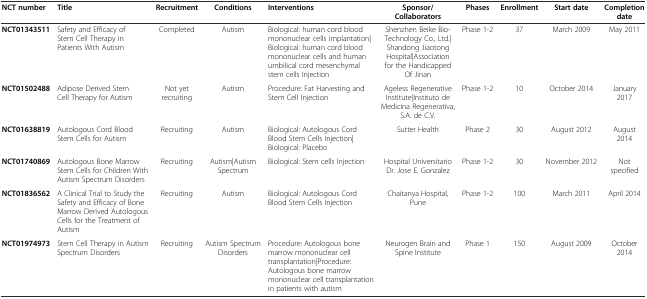
| NCT number | Title | Recruitment | Conditions | Interventions | Sponsor/Collaborators | Phases | Enrollment | Start date | Completion date |
 | --- | --- | --- | --- | --- | --- | --- | --- | --- | --- |
 | NCT01343511 | Safety and Efficacy of Stem Cell Therapy in Patients With Autism | Completed | Autism | Biological: human cord blood mononuclear cells implantation|Biological: human cord blood mononuclear cells and human umbilical cord mesenchymal stem cells Injection | Shenzhen Beike Bio-Technology Co., Ltd.|Shandong Jiaotong Hospital|Association for the Handicapped Of Jinan | Phase 1-2 | 37 | March 2009 | May 2011 |
 | NCT01502488 | Adipose Derived Stem Cell Therapy for Autism | Not yet recruiting | Autism | Procedure: Fat Harvesting and Stem Cell Injection | Ageless Regenerative Institute|Instituto de Medicina Regenerativa, S.A. de C.V. | Phase 1-2 | 10 | October 2014 | January 2017 |
 | NCT01638819 | Autologous Cord Blood Stem Cells for Autism | Recruiting | Autism | Biological: Autologous Cord Blood Stem Cells Injection|Biological: Placebo | Sutter Health | Phase 2 | 30 | August 2012 | August 2014 |
 | NCT01740869 | Autologous Bone Marrow Stem Cells for Children With Autism Spectrum Disorders | Recruiting | Autism|Autism Spectrum | Biological: Stem cells Injection | Hospital Universitario Dr. Jose E. Gonzalez | Phase 1-2 | 30 | November 2012 | Not specified |
 | NCT01836562 | A Clinical Trial to Study the Safety and Efficacy of Bone Marrow Derived Autologous Cells for the Treatment of Autism | Recruiting | Autism | Biological: Autologous Cord Blood Stem Cells Injection | Chaitanya Hospital, Pune | Phase 1-2 | 100 | March 2011 | April 2014 |
 | NCT01974973 | Stem Cell Therapy in Autism Spectrum Disorders | Recruiting | Autism Spectrum Disorders | Procedure: Autologous bone marrow mononuclear cell transplantation|Procedure: Autologous bone marrow mononuclear cell transplantation in patients with autism | Neurogen Brain and Spine Institute | Phase 1 | 150 | August 2009 | October 2014 |